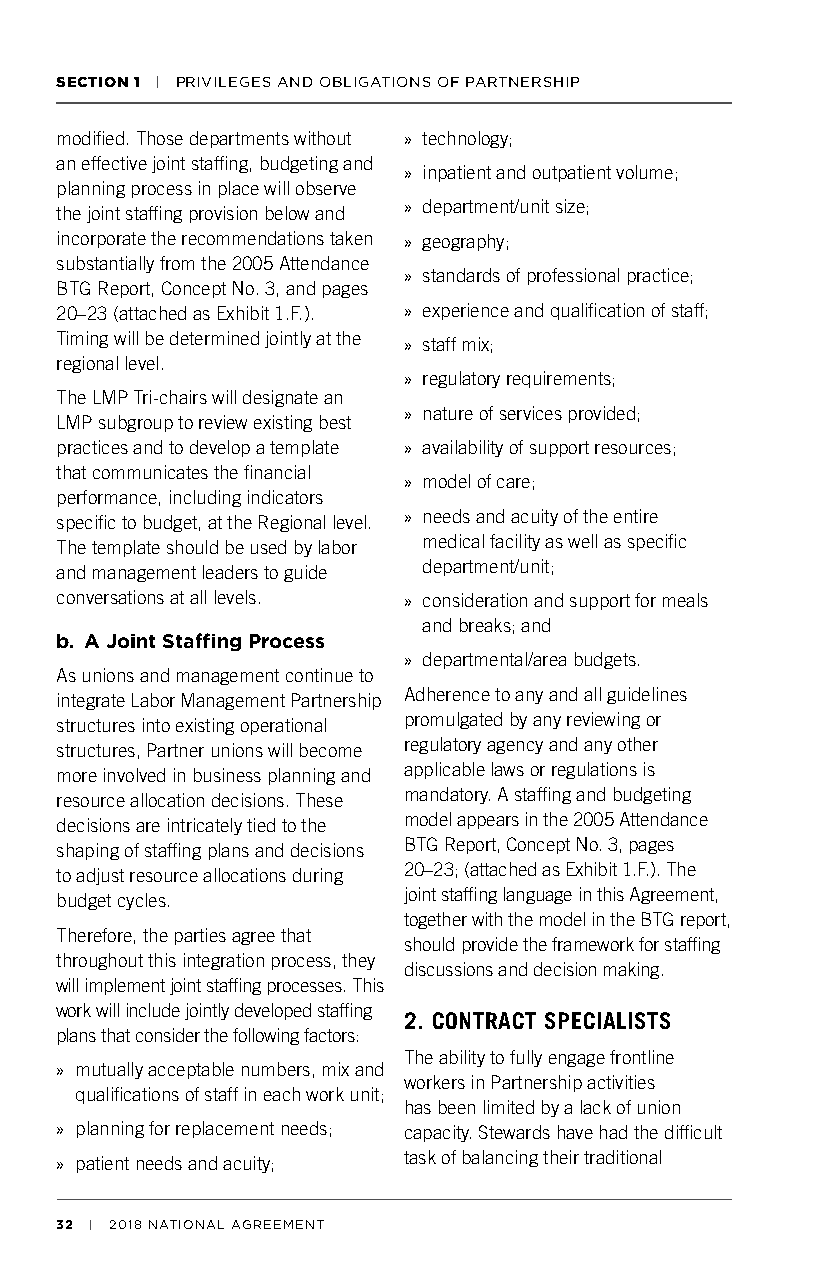
SECTION 1 | PRIVILEGES AND OBLIGATIONS OF PARTNERSHIP
 modified. Those departments without » technology;
 an effective joint staffing, budgeting and
 » inpatient and outpatient volume;
 planning process in place will observe
 the joint staffing provision below and » department/unit size;
 incorporate the recommendations taken » geography;
 substantially from the 2005 Attendance
 » standards of professional practice;
 BTG Report, Concept No. 3, and pages
 20–23 (attached as Exhibit 1.F.). » experience and qualification of staff;
 Timing will be determined jointly at the » staff mix;
 regional level.
 » regulatory requirements;
 The LMP Tri-chairs will designate an
 » nature of services provided;
 LMP subgroup to review existing best
 practices and to develop a template » availability of support resources;
 that communicates the financial
 » model of care;
 performance, including indicators
 specific to budget, at the Regional level. » needs and acuity of the entire
 medical facility as well as specific
 The template should be used by labor
 department/unit;
 and management leaders to guide
 conversations at all levels. » consideration and support for meals
 and breaks; and
 b. A Joint Staffing Process
 » departmental/area budgets.
 As unions and management continue to
 Adherence to any and all guidelines
 integrate Labor Management Partnership
 promulgated by any reviewing or
 structures into existing operational
 regulatory agency and any other
 structures, Partner unions will become
 applicable laws or regulations is
 more involved in business planning and
 mandatory. A staffing and budgeting
 resource allocation decisions. These
 model appears in the 2005 Attendance
 decisions are intricately tied to the
 BTG Report, Concept No. 3, pages
 shaping of staffing plans and decisions
 20–23; (attached as Exhibit 1.F.). The
 to adjust resource allocations during
 joint staffing language in this Agreement,
 budget cycles.
 together with the model in the BTG report,
 Therefore, the parties agree that
 should provide the framework for staffing
 throughout this integration process, they
 discussions and decision making.
 will implement joint staffing processes. This
 work will include jointly developed staffing
 2. CONTRACT SPECIALISTS
 plans that consider the following factors:
 The ability to fully engage frontline
 » mutually acceptable numbers, mix and
 workers in Partnership activities
 qualifications of staff in each work unit;
 has been limited by a lack of union
 » planning for replacement needs; capacity. Stewards have had the difficult
 » patient needs and acuity; task of balancing their traditional
 32 | 2018 NATIONAL AGREEMENT